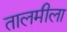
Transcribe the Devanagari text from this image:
तालमीला